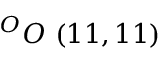
^ { O } O \ ( 1 1 , 1 1 )